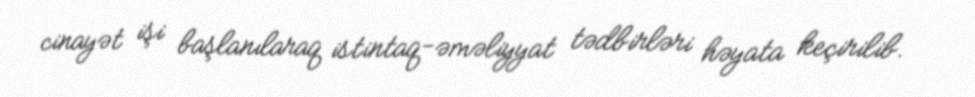
cinayət işi başlanılaraq istintaq-əməliyyat tədbirləri həyata keçirilib.